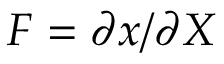
\boldsymbol F = \partial \boldsymbol x / \partial \boldsymbol X